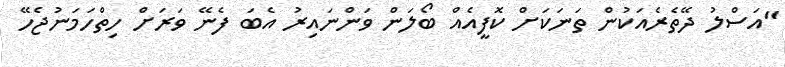
"އަސްލު ދޭތެރެއަކުން ތަނަކަށް ކޮފީއެއް ބޯލަން ވަންނައިރު އެބަ ފެނޭ ވަރަށް ހިތްހަމަނުޖެހޭ